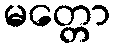
မတ္တော